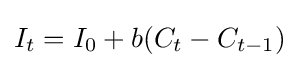
I_{t}=I_{0}+b(C_{t}-C_{t-1})